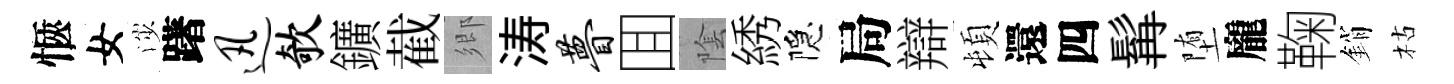
愜女渉躇迅欹鑛截鄉涛瞢囬隂綉隠局辯頓還四髯堕龐鞠銷枯